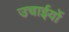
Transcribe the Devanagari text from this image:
उचाईयों